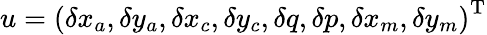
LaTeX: u=\left(\delta x_{a},\delta y_{a},\delta x_{c},\delta y_{c},\delta q,\delta p,\delta x_{m},\delta y_{m}\right)^{\mathrm{T}}